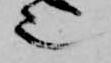
也